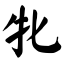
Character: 牝